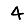
Digit: 4